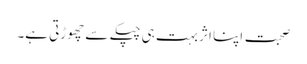
صحبت اپنا اثر بہت ہی چپکے سے چھوڑتی ہے۔